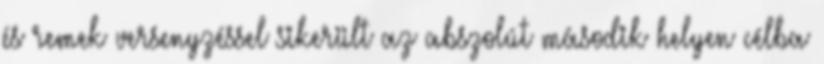
és remek versenyzéssel sikerült az abszolút második helyen célba